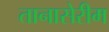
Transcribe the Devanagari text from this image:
तानासेरीम